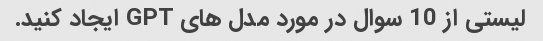
لیستی از 10 سوال در مورد مدل های GPT ایجاد کنید.